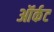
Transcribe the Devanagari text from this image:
ऑर्कट